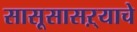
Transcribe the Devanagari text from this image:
सासूसासऱ्याचे